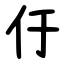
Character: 㐵